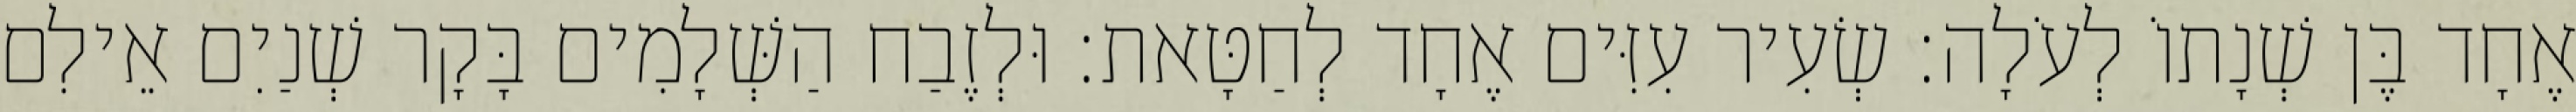
אֶחָד בֶּן שְׁנָתוֹ לְעֹלָה׃ שְׂעִיר עִזִּים אֶחָד לְחַטָּאת׃ וּלְזֶבַח הַשְּׁלָמִים בָּקָר שְׁנַיִם אֵילִם